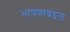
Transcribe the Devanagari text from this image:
भाषणाबद्दल